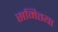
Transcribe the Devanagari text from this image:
समितया